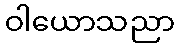
ဝါယောသညာ